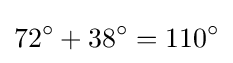
72^{\circ }+38^{\circ }=110^{\circ }